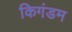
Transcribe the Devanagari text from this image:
किगंडम